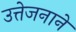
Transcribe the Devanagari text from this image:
उत्तेजनाने